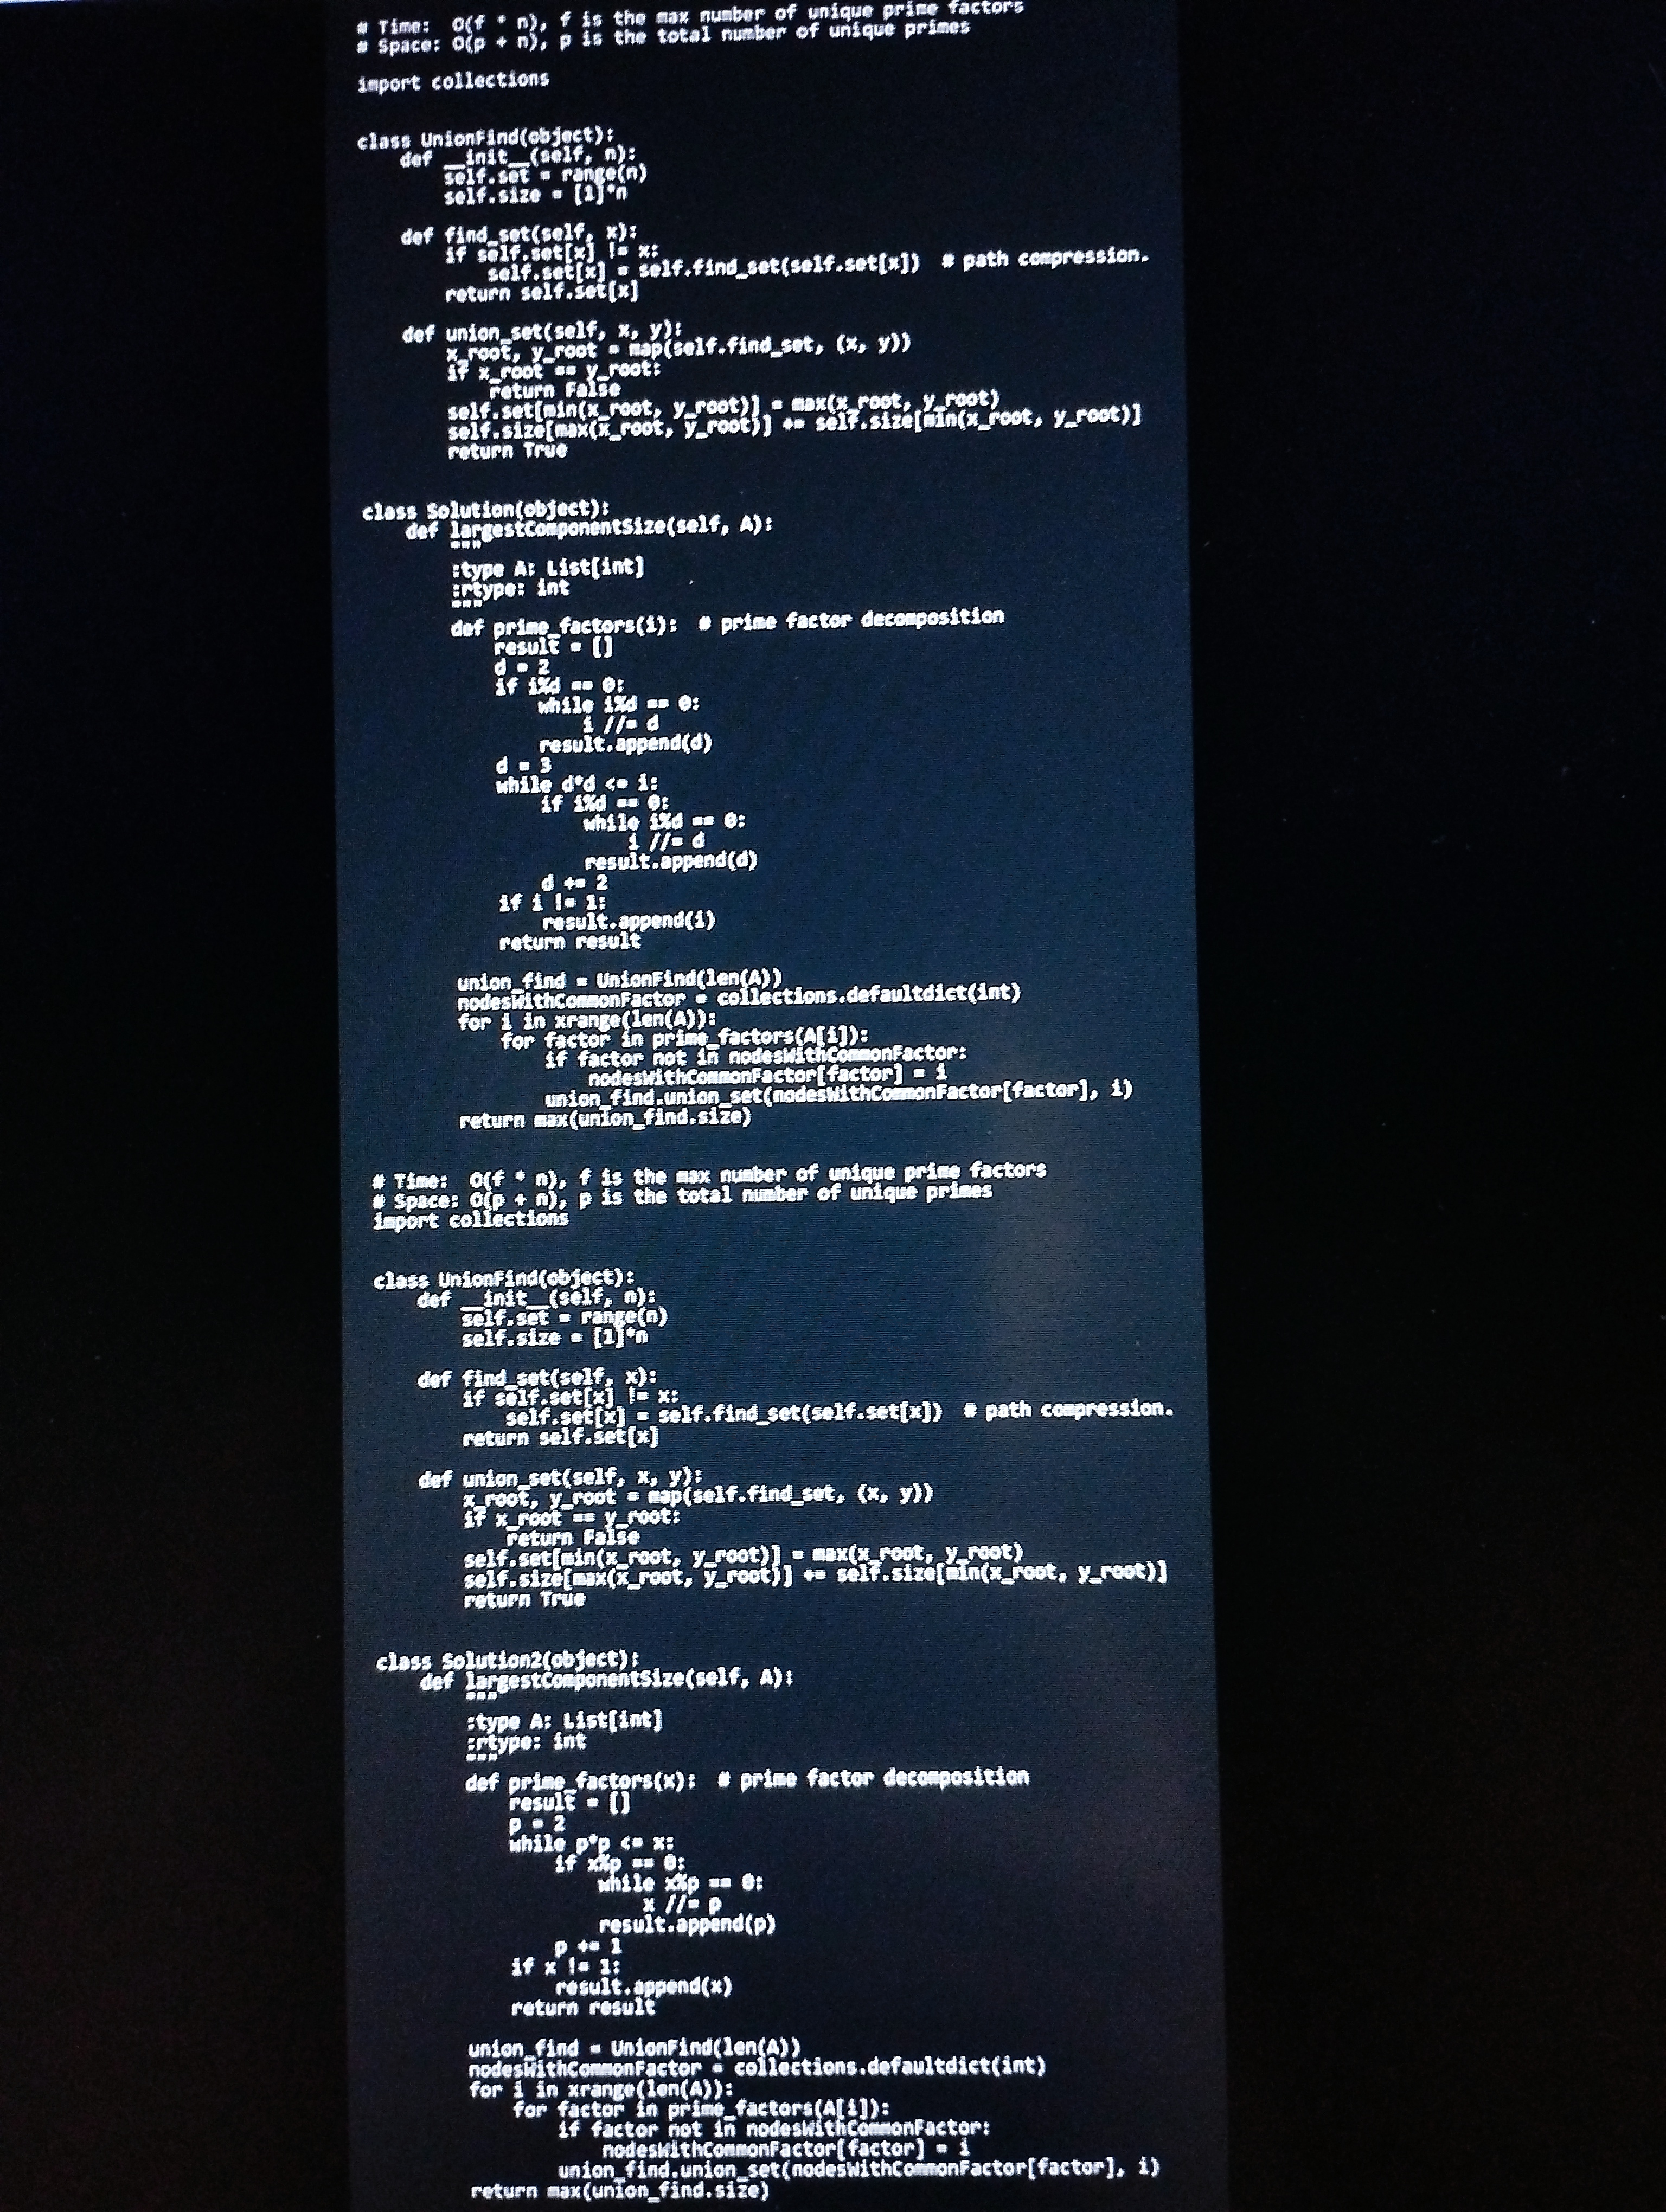
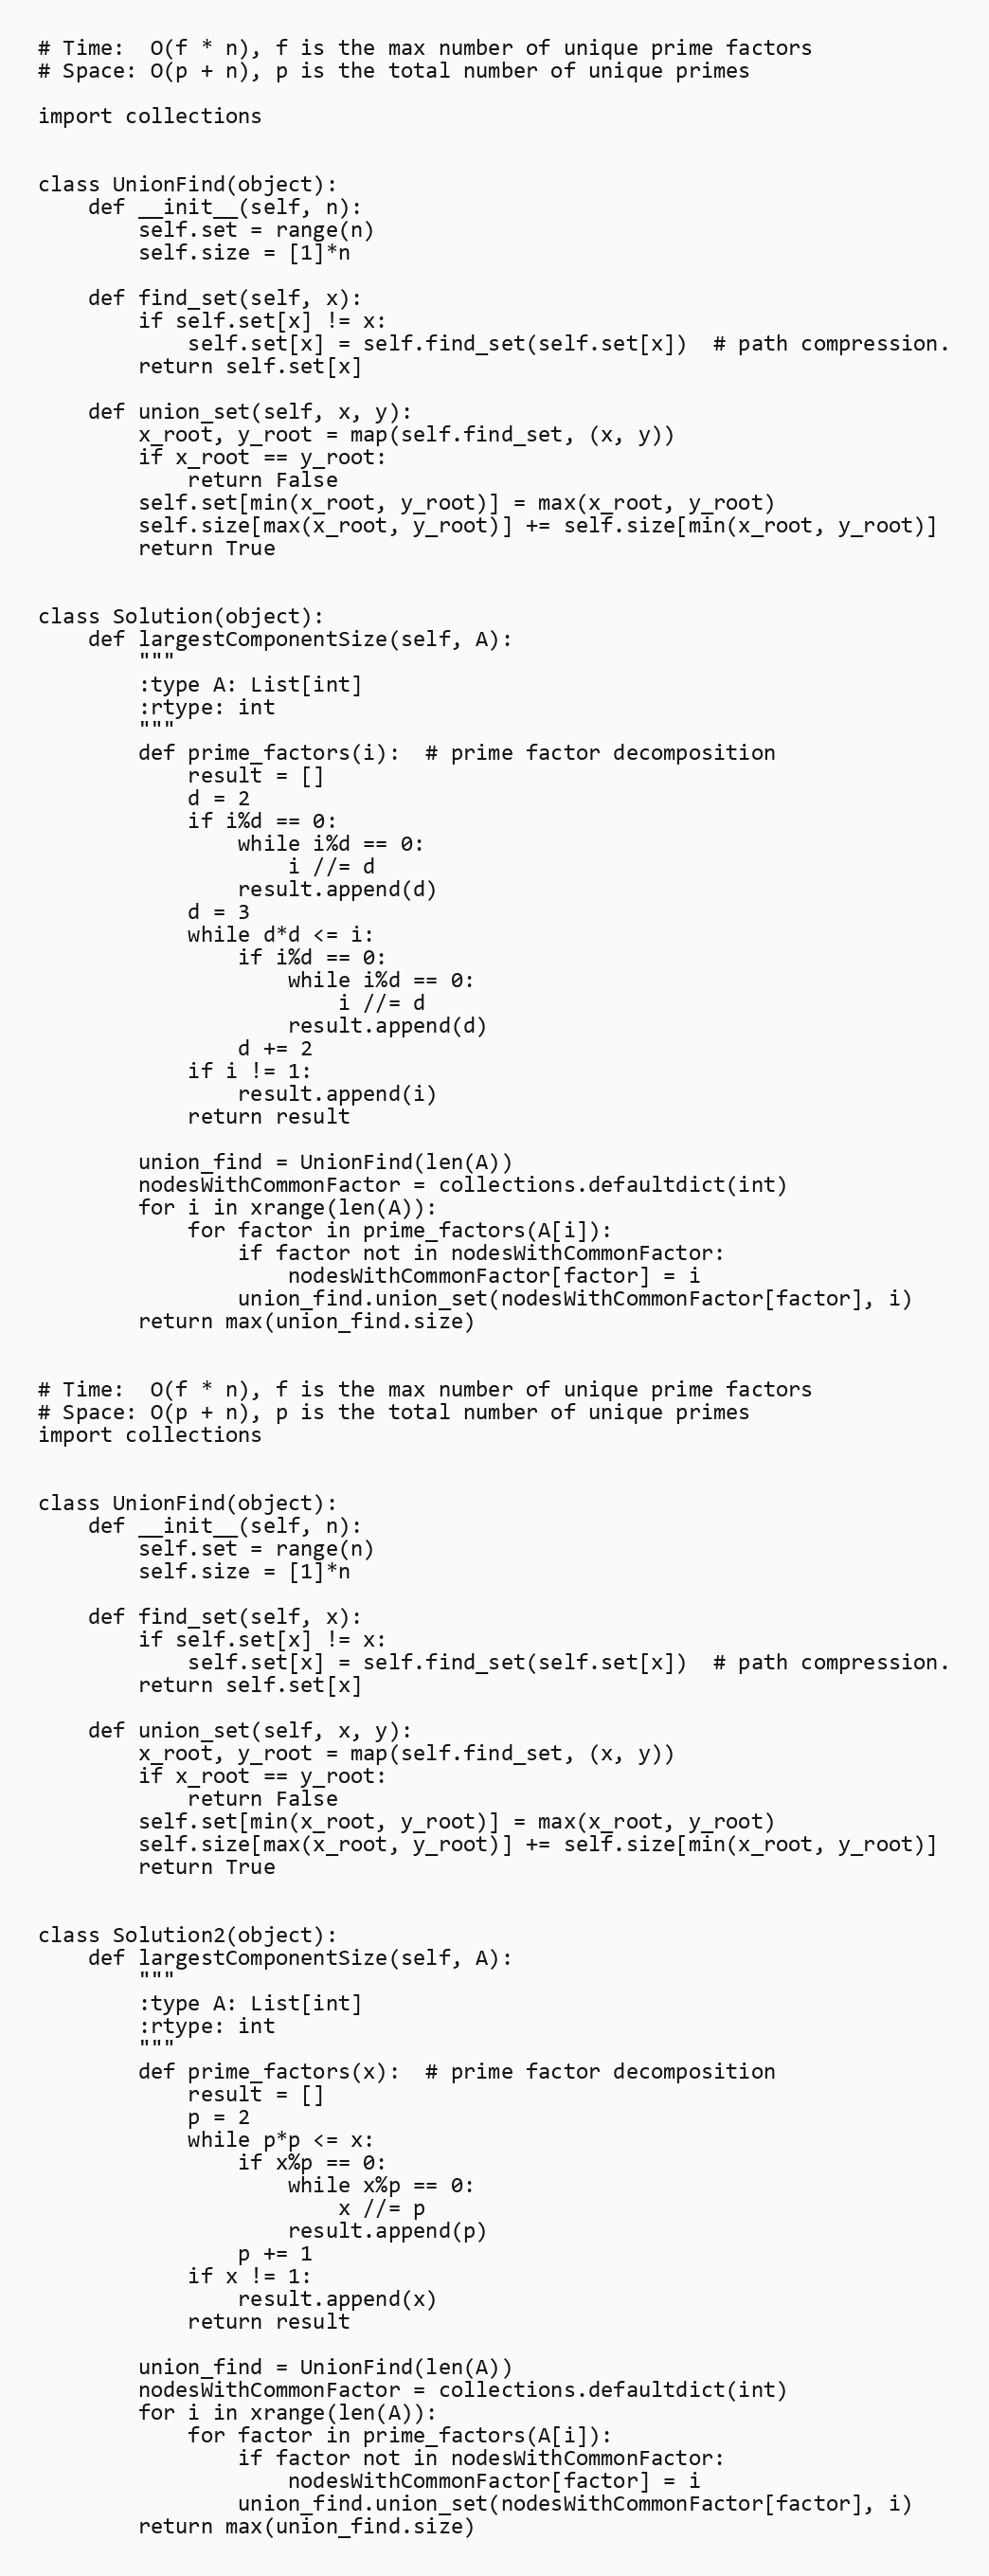
# Time:  O(f * n), f is the max number of unique prime factors
# Space: O(p + n), p is the total number of unique primes

import collections

class UnionFind(object):
    def __init__(self, n):
        self.set = range(n)
        self.size = [1]*n

    def find_set(self, x):
        if self.set[x] != x:
            self.set[x] = self.find_set(self.set[x])  # path compression.
        return self.set[x]

    def union_set(self, x, y):
        x_root, y_root = map(self.find_set, (x, y))
        if x_root == y_root:
            return False
        self.set[min(x_root, y_root)] = max(x_root, y_root)
        self.size[max(x_root, y_root)] += self.size[min(x_root, y_root)]
        return True

class Solution(object):
    def largestComponentSize(self, A):
        """
        :type A: List[int]
        :rtype: int
        """
        def prime_factors(i):  # prime factor decomposition
            result = []
            d = 2
            if i%d == 0:
                while i%d == 0:
                    i //= d
                result.append(d)
            d = 3
            while d*d <= i:
                if i%d == 0:
                    while i%d == 0:
                        i //= d
                    result.append(d)
                d += 2
            if i != 1:
                result.append(i)
            return result

        union_find = UnionFind(len(A))
        nodesWithCommonFactor = collections.defaultdict(int)
        for i in xrange(len(A)):
            for factor in prime_factors(A[i]):
                if factor not in nodesWithCommonFactor:
                    nodesWithCommonFactor[factor] = i
                union_find.union_set(nodesWithCommonFactor[factor], i)
        return max(union_find.size)

# Time:  O(f * n), f is the max number of unique prime factors
# Space: O(p + n), p is the total number of unique primes
import collections

class UnionFind(object):
    def __init__(self, n):
        self.set = range(n)
        self.size = [1]*n

    def find_set(self, x):
        if self.set[x] != x:
            self.set[x] = self.find_set(self.set[x])  # path compression.
        return self.set[x]

    def union_set(self, x, y):
        x_root, y_root = map(self.find_set, (x, y))
        if x_root == y_root:
            return False
        self.set[min(x_root, y_root)] = max(x_root, y_root)
        self.size[max(x_root, y_root)] += self.size[min(x_root, y_root)]
        return True

class Solution2(object):
    def largestComponentSize(self, A):
        """
        :type A: List[int]
        :rtype: int
        """
        def prime_factors(x):  # prime factor decomposition
            result = []
            p = 2
            while p*p <= x:
                if x%p == 0:
                    while x%p == 0:
                        x //= p
                    result.append(p)
                p += 1
            if x != 1:
                result.append(x)
            return result

        union_find = UnionFind(len(A))
        nodesWithCommonFactor = collections.defaultdict(int)
        for i in xrange(len(A)):
            for factor in prime_factors(A[i]):
                if factor not in nodesWithCommonFactor:
                    nodesWithCommonFactor[factor] = i
                union_find.union_set(nodesWithCommonFactor[factor], i)
        return max(union_find.size)